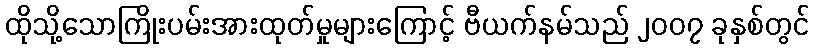
ထိုသို့သောကြိုးပမ်းအားထုတ်မှုများကြောင့် ဗီယက်နမ်သည် ၂၀၀၇ ခုနှစ်တွင်